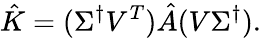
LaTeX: \hat{K}=(\Sigma^{\dagger}V^{T})\hat{A}(V\Sigma^{\dagger}).